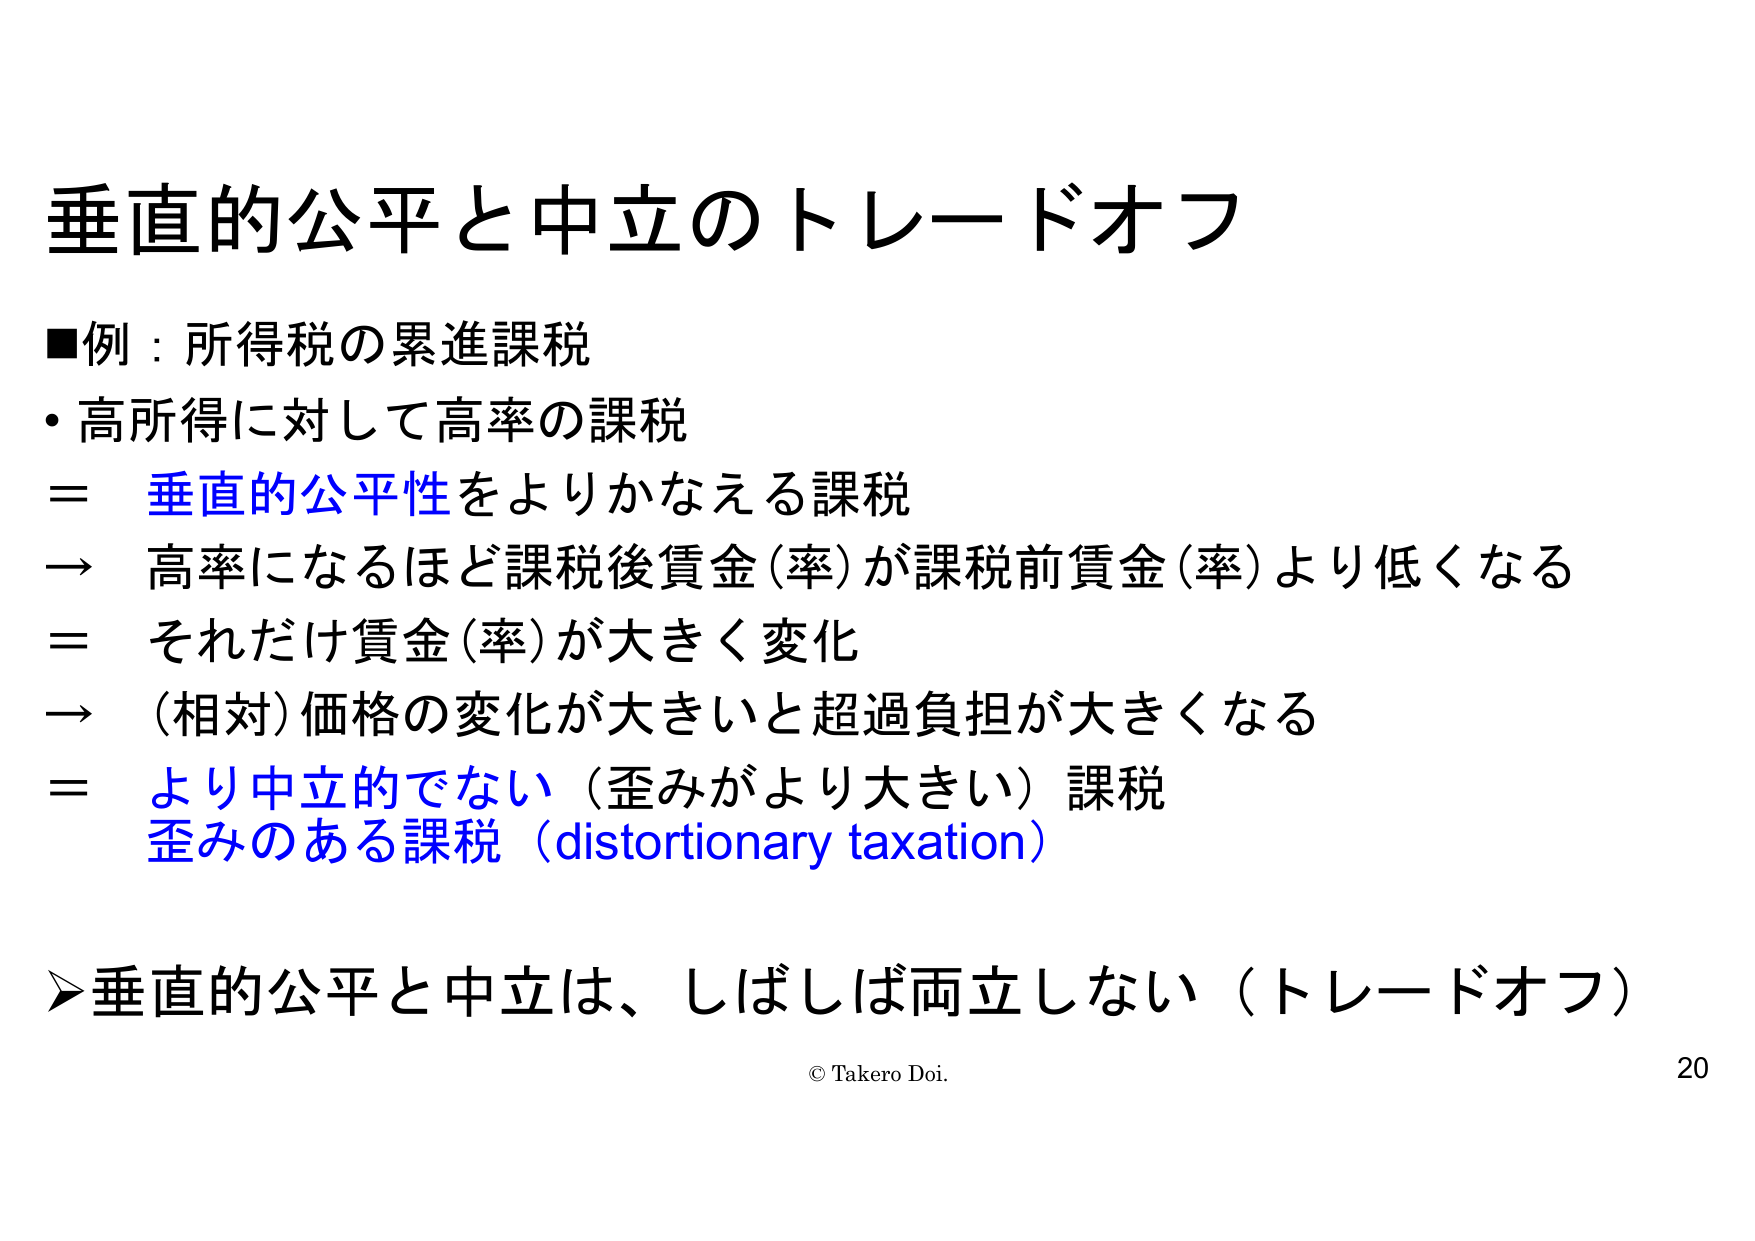
垂直的公平と中立のトレードオフ

■例：所得税の累進課税
・高所得に対して高率の課税
＝ 垂直的公平性をよりかなえる課税
→ 高率になるほど課税後賃金(率)が課税前賃金(率)より低くなる
＝ それだけ賃金(率)が大きく変化
→ (相対)価格の変化が大きいと超過負担が大きくなる
＝ より中立的でない（歪みがより大きい）課税
　歪みのある課税（distortionary taxation）

➢垂直的公平と中立は、しばしば両立しない（トレードオフ）

© Takero Doi. 20